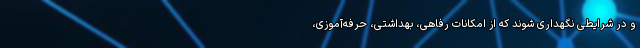
و در شرایطی نگهداری شوند که از امکانات رفاهی، بهداشتی، حرفه‌آموزی،